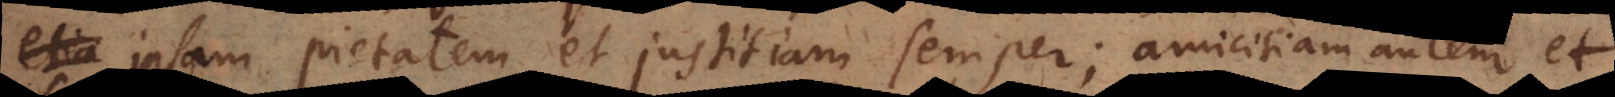
e ipsam pietatem et justitiam semper; amicitiam autem et